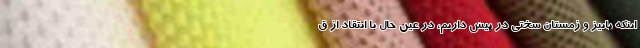
اینکه پاییز و زمستان سختی در پیش داریم، در عین حال با انتقاد از ق